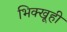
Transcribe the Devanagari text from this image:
भिक्खूही